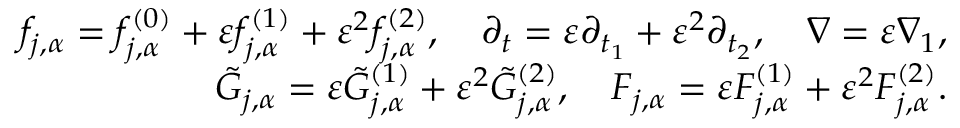
\begin{array} { r } { f _ { j , \alpha } = f _ { j , \alpha } ^ { ( 0 ) } + \varepsilon f _ { j , \alpha } ^ { ( 1 ) } + \varepsilon ^ { 2 } f _ { j , \alpha } ^ { ( 2 ) } , \quad \partial _ { t } = \varepsilon \partial _ { t _ { 1 } } + \varepsilon ^ { 2 } \partial _ { t _ { 2 } } , \quad \nabla = \varepsilon \nabla _ { 1 } , } \\ { \tilde { G } _ { j , \alpha } = \varepsilon \tilde { G } _ { j , \alpha } ^ { ( 1 ) } + \varepsilon ^ { 2 } \tilde { G } _ { j , \alpha } ^ { ( 2 ) } , \quad F _ { j , \alpha } = \varepsilon F _ { j , \alpha } ^ { ( 1 ) } + \varepsilon ^ { 2 } F _ { j , \alpha } ^ { ( 2 ) } . } \end{array}